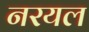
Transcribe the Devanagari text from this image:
नरयल